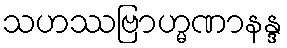
သဟဿဗြာဟ္မဏာနန္ဒ